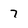
Character: 7